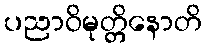
ပညာဝိမုတ္တိနောတိ